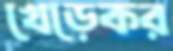
খেড়েকর